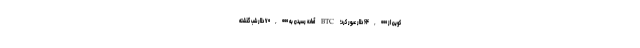
کوین از ۶۴,۰۰۰ دلار عبور کرد؛ BTC آماده رسیدن به ۷۰,۰۰۰ دلار شب گذشته